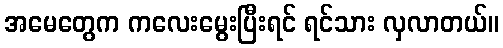
အမေတွေက ကလေးမွေးပြီးရင် ရင်သား လှလာတယ်။